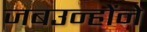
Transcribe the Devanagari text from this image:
जबउन्होंने